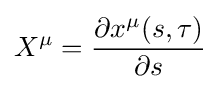
X^{\mu }={\frac {\partial x^{\mu }(s,\tau )}{\partial s}}